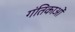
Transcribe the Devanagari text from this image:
गंतिकाओं